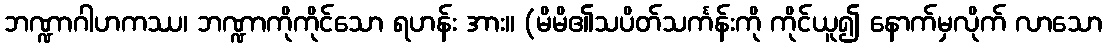
ဘဏ္ဍာဂါဟကဿ၊ ဘဏ္ဍာကိုကိုင်သော ရဟန်း အား။ (မိမိ၏သပိတ်သင်္ကန်းကို ကိုင်ယူ၍ နောက်မှလိုက် လာသော